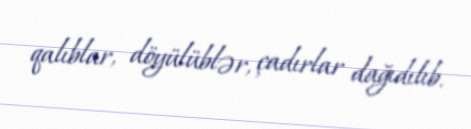
qalıblar, döyülüblər, çadırlar dağıdılıb.